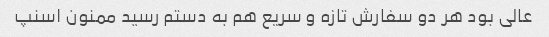
عالی بود هر دو سفارش تازه و سریع هم به دستم رسید ممنون اسنپ